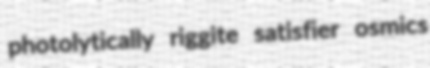
photolytically riggite satisfier osmics